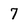
Character: 7